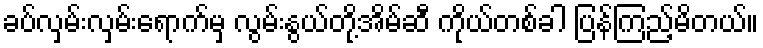
ခပ်လှမ်းလှမ်းရောက်မှ လွမ်းနွယ်တို့အိမ်ဆီ ကိုယ်တစ်ခါ ပြန်ကြည့်မိတယ်။